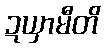
ဍယှာမီတိ